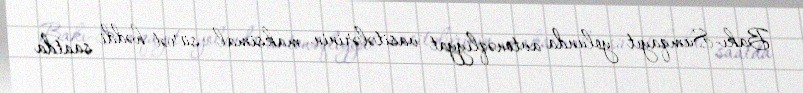
Bakı-Sumqayıt yolunda avtonəqliyyat vasitələrinin maksimal sürət həddi saatda